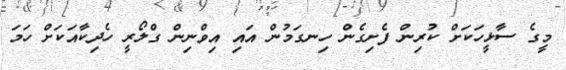
މީގެ ސާޅީހަކަށް ކުރިން ފެށިގެން ހިނގަމުން އައި އިވްނިން ގްލޯރީ ހެދިކާއަކަށް ހަމަ